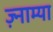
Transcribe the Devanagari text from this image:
ज़्नाम्या